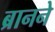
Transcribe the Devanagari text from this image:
ब्रानने